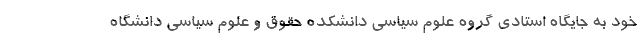
خود به جایگاه استادی گروه علوم سیاسی دانشکده حقوق و علوم سیاسی دانشگاه